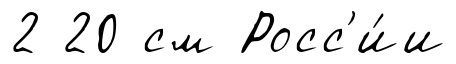
2 20 см Росс'и́и